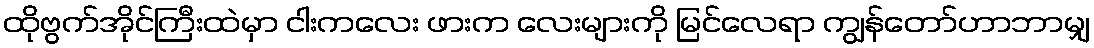
ထိုဗွက်အိုင်ကြီးထဲမှာ ငါးကလေး ဖားက လေးများကို မြင်လေရာ ကျွန်တော်ဟာဘာမျှ